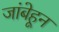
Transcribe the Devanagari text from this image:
जांबेहून